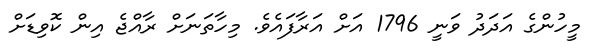
މީހުންގެ އަދަދު ވަނީ 1796 އަށް އަރާފައެވެ. މިހާތަނަށް ރާއްޖެ އިން ކޮވިޑަށް